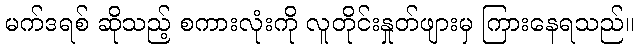
မက်ဒရစ် ဆိုသည့် စကားလုံးကို လူတိုင်းနှုတ်ဖျားမှ ကြားနေရသည်။